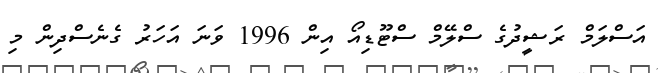
އަސްލަމް ރަޝީދުގެ ސްލޭމް ސްޓޫޑިއޯ އިން 1996 ވަނަ އަހަރު ގެނެސްދިން މި